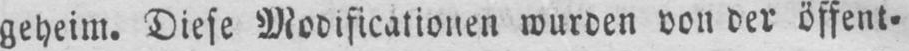
geheim. Diese Modificationen wurden von der öffent⸗